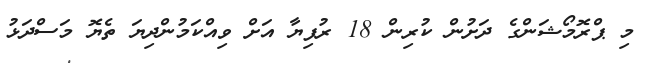
މި ޕްރޮމޯޝަންގެ ދަށުން ކުރިން 18 ރުފިޔާ އަށް ވިއްކަމުންދިޔަ ތެޔޮ މަސްދަޅު